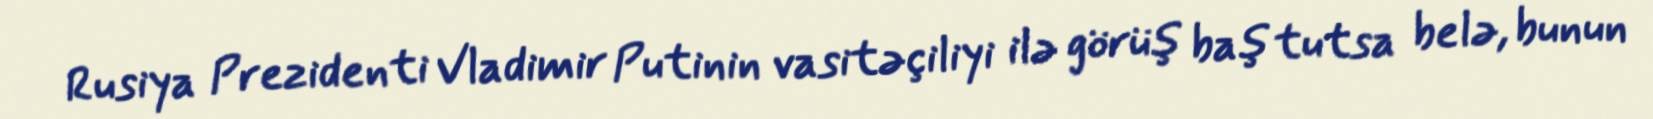
Rusiya Prezidenti Vladimir Putinin vasitəçiliyi ilə görüş baş tutsa belə, bunun